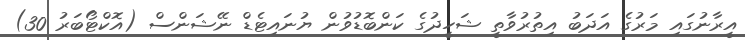
އީރާނުގައި މަރުގެ އަދަބު އިތުރުވާތީ ޝަހީދުގެ ކަންބޮޑުވުން ޔުނައިޓެޑް ނޭޝަންސް (އޮކްޓޯބަރު 30)